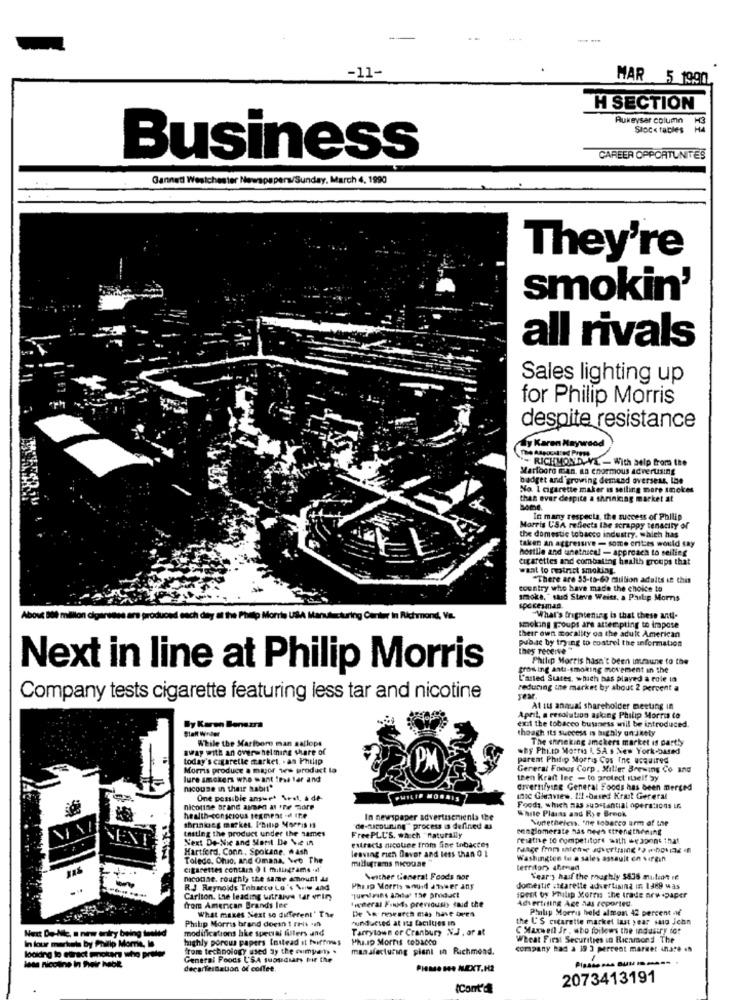
-11-
MAR 5 1990
H SECTION
Rukeyser column
Sioc« tables
Business
CAREER OPPORTUNITES
Ganneti Westchester Newspapers/Sunday, March 4, 1990
They're
smokin'
all rivals
Sales lighting up
for Philip Morris
despite resistance
Karen Maywood
- RICHMOND, VA. - With aelp from the
Marlboro man. an enormous advertising
badget and growing demand overseas, Ine
No. 1 cigarette maker is selling more smokes
than ever despite a shrinking market at
home
In many respects, the success of Philip
Morris USA reflects the scrappy tenacity of
the domestic tobacco industry, which has
taken an actressive - some crites would say
hostile and unethical - approach to selling
cigarettes and combating health groups that
waat to motrist smoking.
"There are 95-to-69 million adults if this
country who have made the choice to
smoke, "said Stave Weist. a Philip Morris
spokesman.
in Richmond, Va.
What's frightening is that these anti-
smoking groups are attempting to impose
their own morality on the adult American
pubse by trying to control the information
they receive
Philip Morris hasn't been immune to the
Next in line at Philip Morris
growing anti-smoking movement in the
L'ared Stares, which has played a role in
reducing the market by about 2 percent a
Company tests cigarette featuring less tar and nicotine
At its annual shareholder meeting in
exit the tobacco busness will be introduced
April, a resolution asking Philip Morris to
Statt Winiler
By Karen Benszra
though its Success is highly oninety
While the Marlboro man saflops
The shreking amckers market is partly
away with an overwhelming share of
.By Philip Morris 1. SA s New York-based
today's cigarette market. . an Philip
parent Philip Morris Cos Inc usquired
Morris produce a major wew product la
General Foous Corp . Miller Brewing Co and
lure smokers who want !es tar and
then Kraft Ine - to protect itself by
nicouse in their habit"
diversifying General Foods has been merged
One possible ansuet Vest, a de-
PHILIP MORRIS
inoc Gleaview. I !! - based Krait Gereral
nicotine Brand alar at FFF Gore
Foods, which mas substantial opera:100s LG
White Plains and Rye Breck
health-conscious segment -d Ie
In newspaper advertisements the
Nonetheless. the tobacco arm of the
shrinkceg market. Philip Morris i
tasting the product under the sames
de-nicouning"process is defined &
conglomerate nas nega strengthening
Next De-Nie and Marit De Ve In
FreePLU'S, wasch "naturally
resathe to competitors with weapons 1hat
Hartford, Conn, Spokane. # ash
leaving rich Davor and less than 0 1
extracts nicotine from fine tobacces
range from intense advertising * * bovag
Toledo, Ohio, and Omana, Veo The
milligrams nicouae
Washington to a sales assault en virgin
cigarettes contain 0 1 mitinge ams .il
territor> ahmad
micoune. roughly the same amount &
Sesther General Foods nor
Year's haif the roughly $536 mulent re
R.J Reynolds Tabacco Lo's Now and
Phosp Morris anuid answer any
domestic sigarette advertisina in 1489 was
Carlton, the leading uitraive tar min
"Turdrins Anda' The product
General Finds previousis said the
speak oy Philip Korns the trade newspaper
Advertising Age has reported.
from American Brands Inc
De \ research mas have been
Philip Morris held almon 42 percent if
What makes Next so different' The
hunducted at its faciltres in
the C'S cigarette market last year said ichn
Next De-Mile, a new andry being tueled
modifications hke special filters and
Philip Morris brand doesn t rrit -in
Tarrytown or Cranbury N.J . of at
C Maxweil Jr . who foilows the industry for
In lour markets by Philip Morris, Il
highly porous papers Instead st fuiffoss
Pha.sp Morris tobacco
Wheat First Securities in Richmond The
from technology used by the oumpet .
manufacturing plant in Richmond.
company had a 19 3 percent marier inate en
loading to etract winckers who prefer
General Foods USA suasdiary bir the
lese nicotine in their hebt
decartesnation of coffee.
Pienso Me NEXT.H2
2073413191
(Cont'd